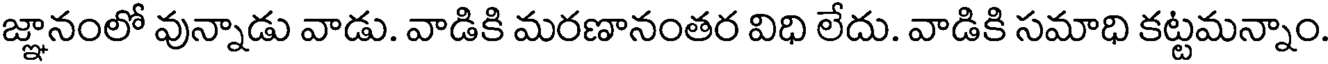
జ్ఞానంలో వున్నాడు వాడు. వాడికి మరణానంతర విధి లేదు. వాడికి సమాధి కట్టమన్నాం